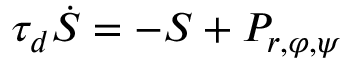
\tau _ { d } \dot { S } = - S + P _ { r , \varphi , \psi }